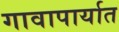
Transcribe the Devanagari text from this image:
गावापार्यात